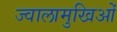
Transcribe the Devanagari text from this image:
ज्वालामुखिओं